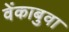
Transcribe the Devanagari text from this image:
वेंकाबुवा